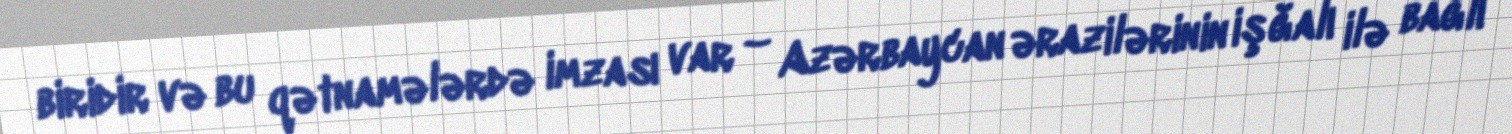
biridir və bu qətnamələrdə imzası var – Azərbaycan ərazilərinin işğalı ilə bağlı